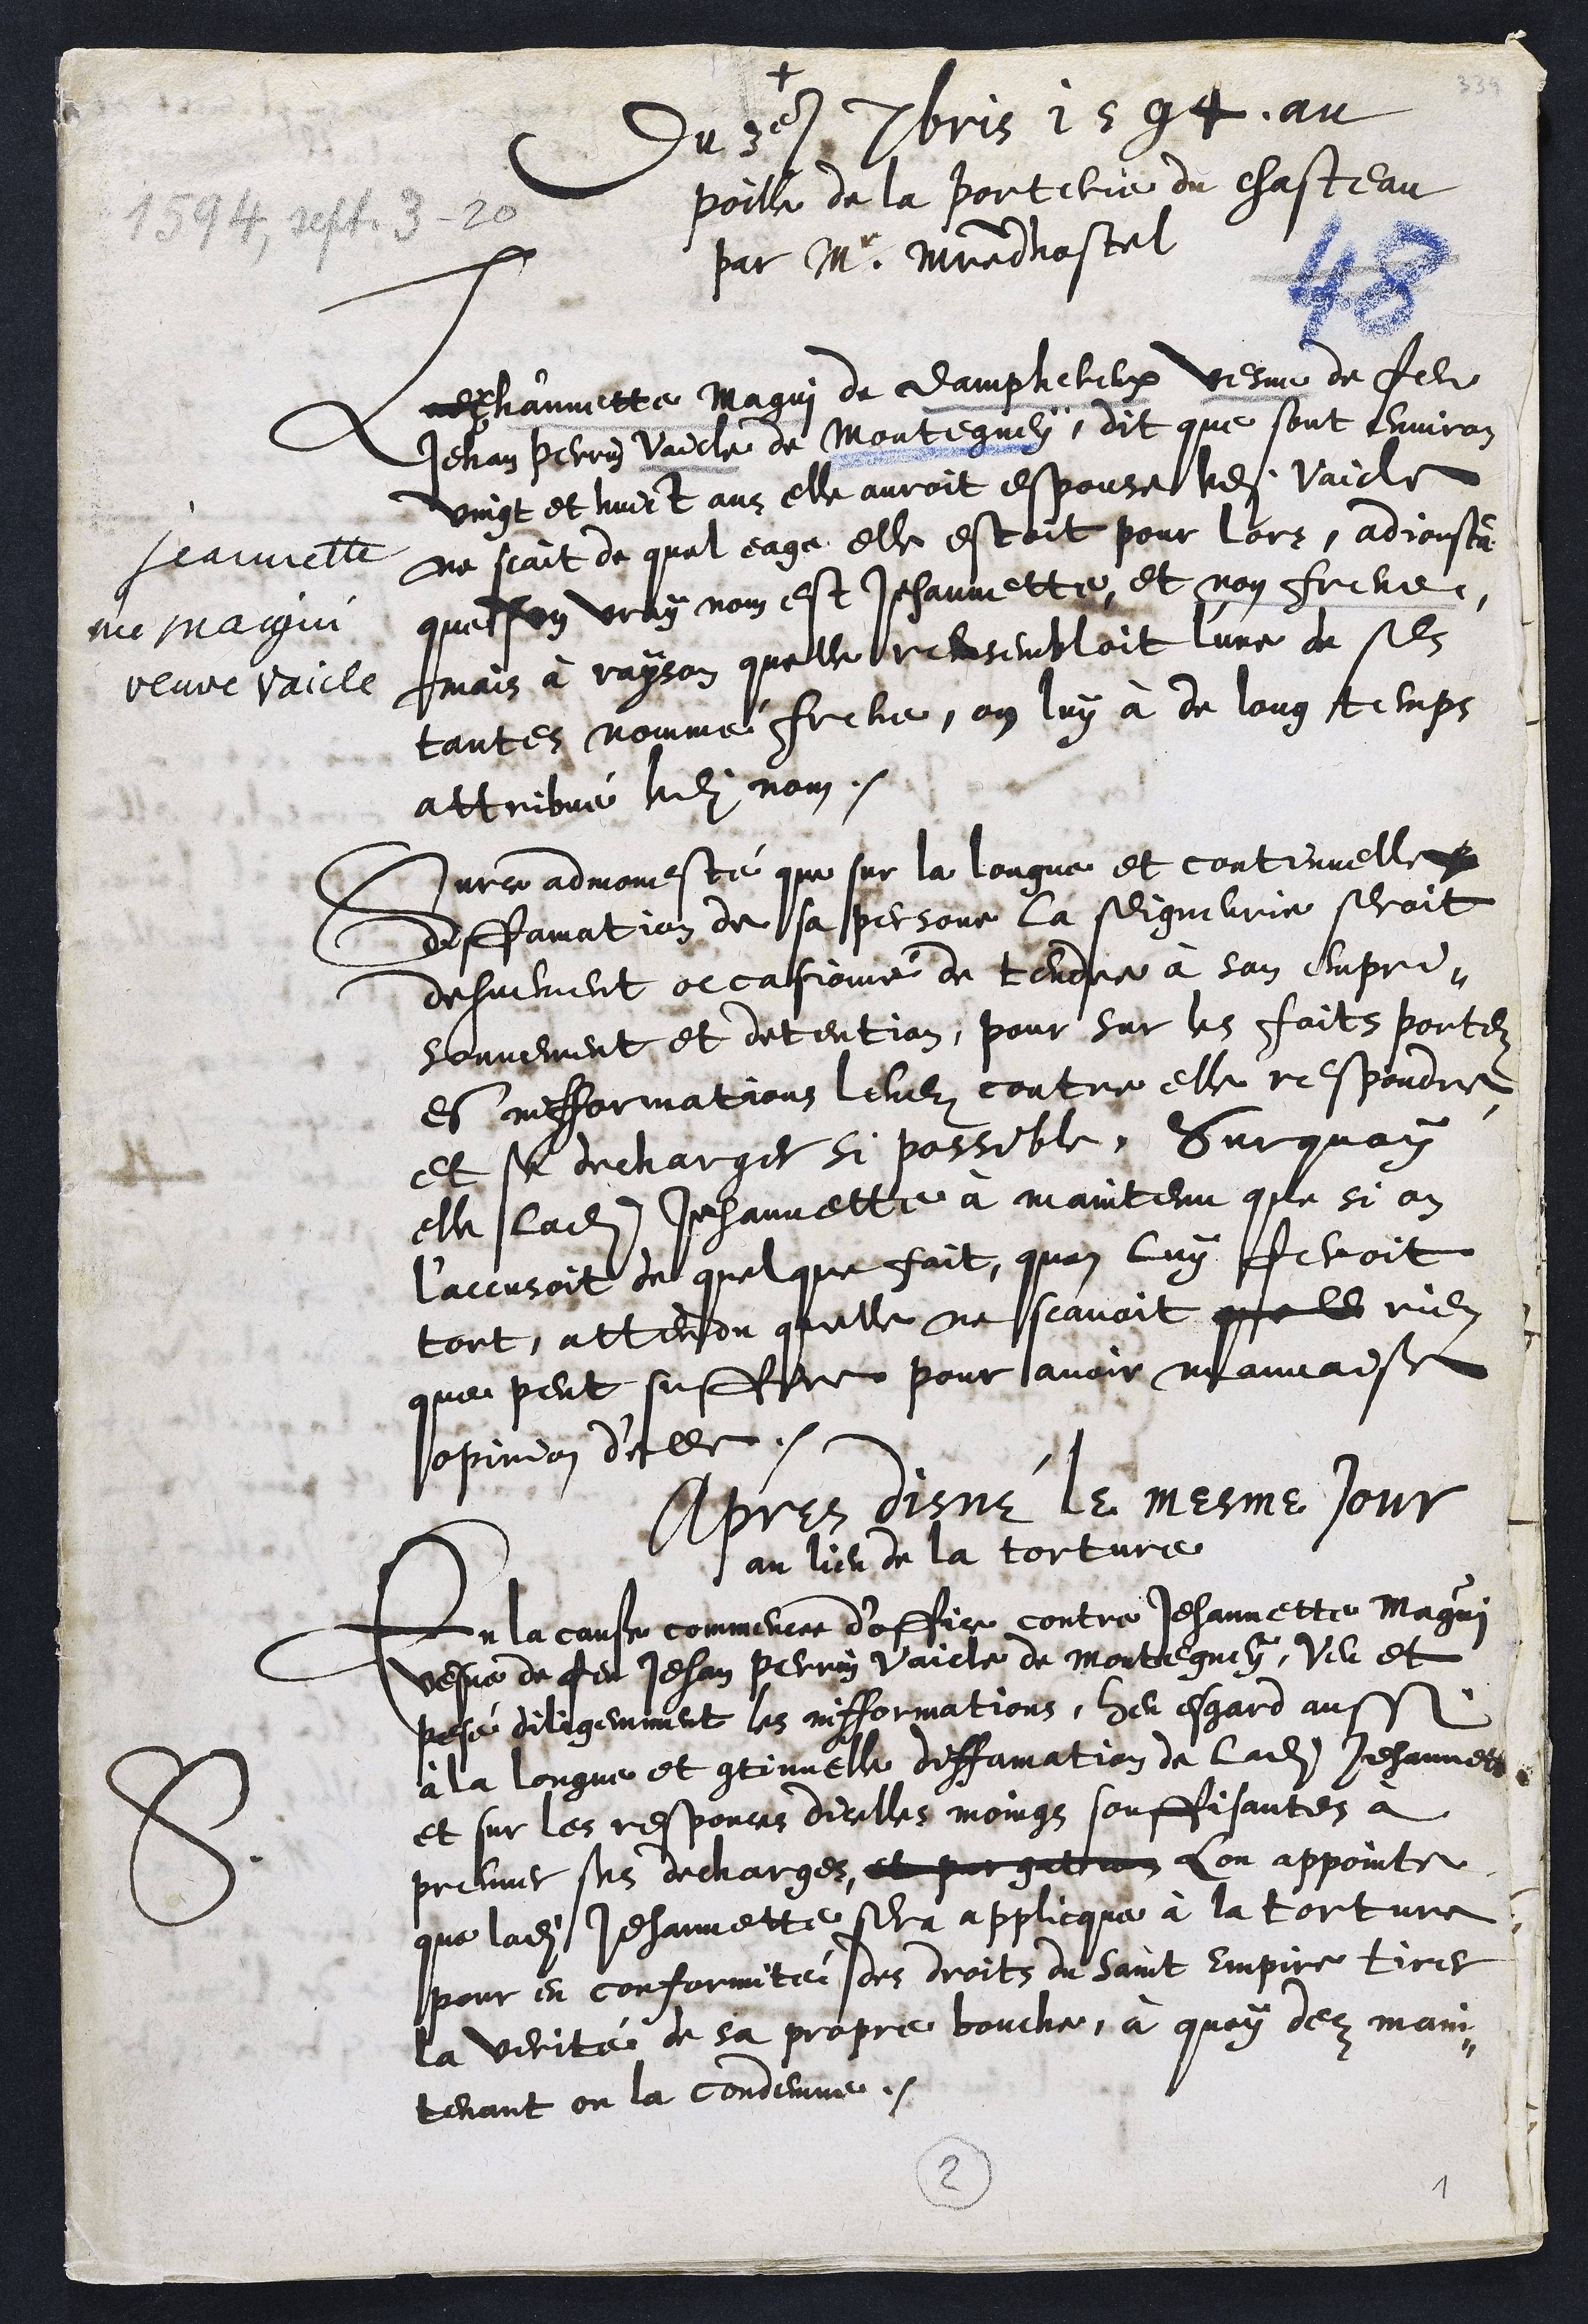
+
Jeannette
née maigni
veuve vaicle
Du 3e 7bris 1594, au
poille de la porterie du chasteau
par Mr. Maistre dhostel
Jehannette Magui de Damphereux vesve de feu
Jehan Perrin Vaicle de Montegney, dit que sont environ
vingt et huict ans elle auroit espouse ledit Vaicle
ne scait de quel eage elle estoit pour lors, adjoustant
que son vray nom est Jehannette, et non Frene,
mais à rayson quelle resembloit l'une de ses
tantes nommé Frene, on luy à de long temps
attribué ledit nom.
Surce admonesté que sur la longue et continuelle
diffamation de sa personne la seigneurie seroit
dehuement occasionné de tendre à son empri¬
sonnement et detention, pour sur les faits portez
et infformations levez contre elle respondre
et se decharger si possible. Surquoy
elle ladite Jehannette à maintenu que si on
laccusoit de quelque fait, quon luy feroit
tort, attendu quelle ne scavoit quell rien
que peut suffire pour avoir mauvaise
opinion d'elle.
Apres disné le mesme jour
au lieu de la torture
S.
En la cause commencee d'office contre Jehannette Magui
vesve de feu Jehan Perrin Vaicle de Montegney, veu et
posé diligemment les infformations, heu esgard aussi
a la longue et continuelle diffamation de ladite Jehannette
et sur les responces dicelles moings souffisantes à
preuver ses dechargees, et purgation Lon appointe
que ladite Jehannette sera applicque à la torture
pour en conformité des droit du saint Empire tirer
la verité de sa propre bouche, à quoy dez main¬
tenant on la condemne.
2
1